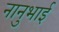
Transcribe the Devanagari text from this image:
नानुभाई